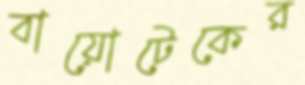
বায়োটেকের